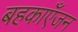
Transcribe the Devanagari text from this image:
बहकाएँजन